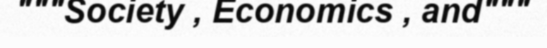
"""Society , Economics , and"""